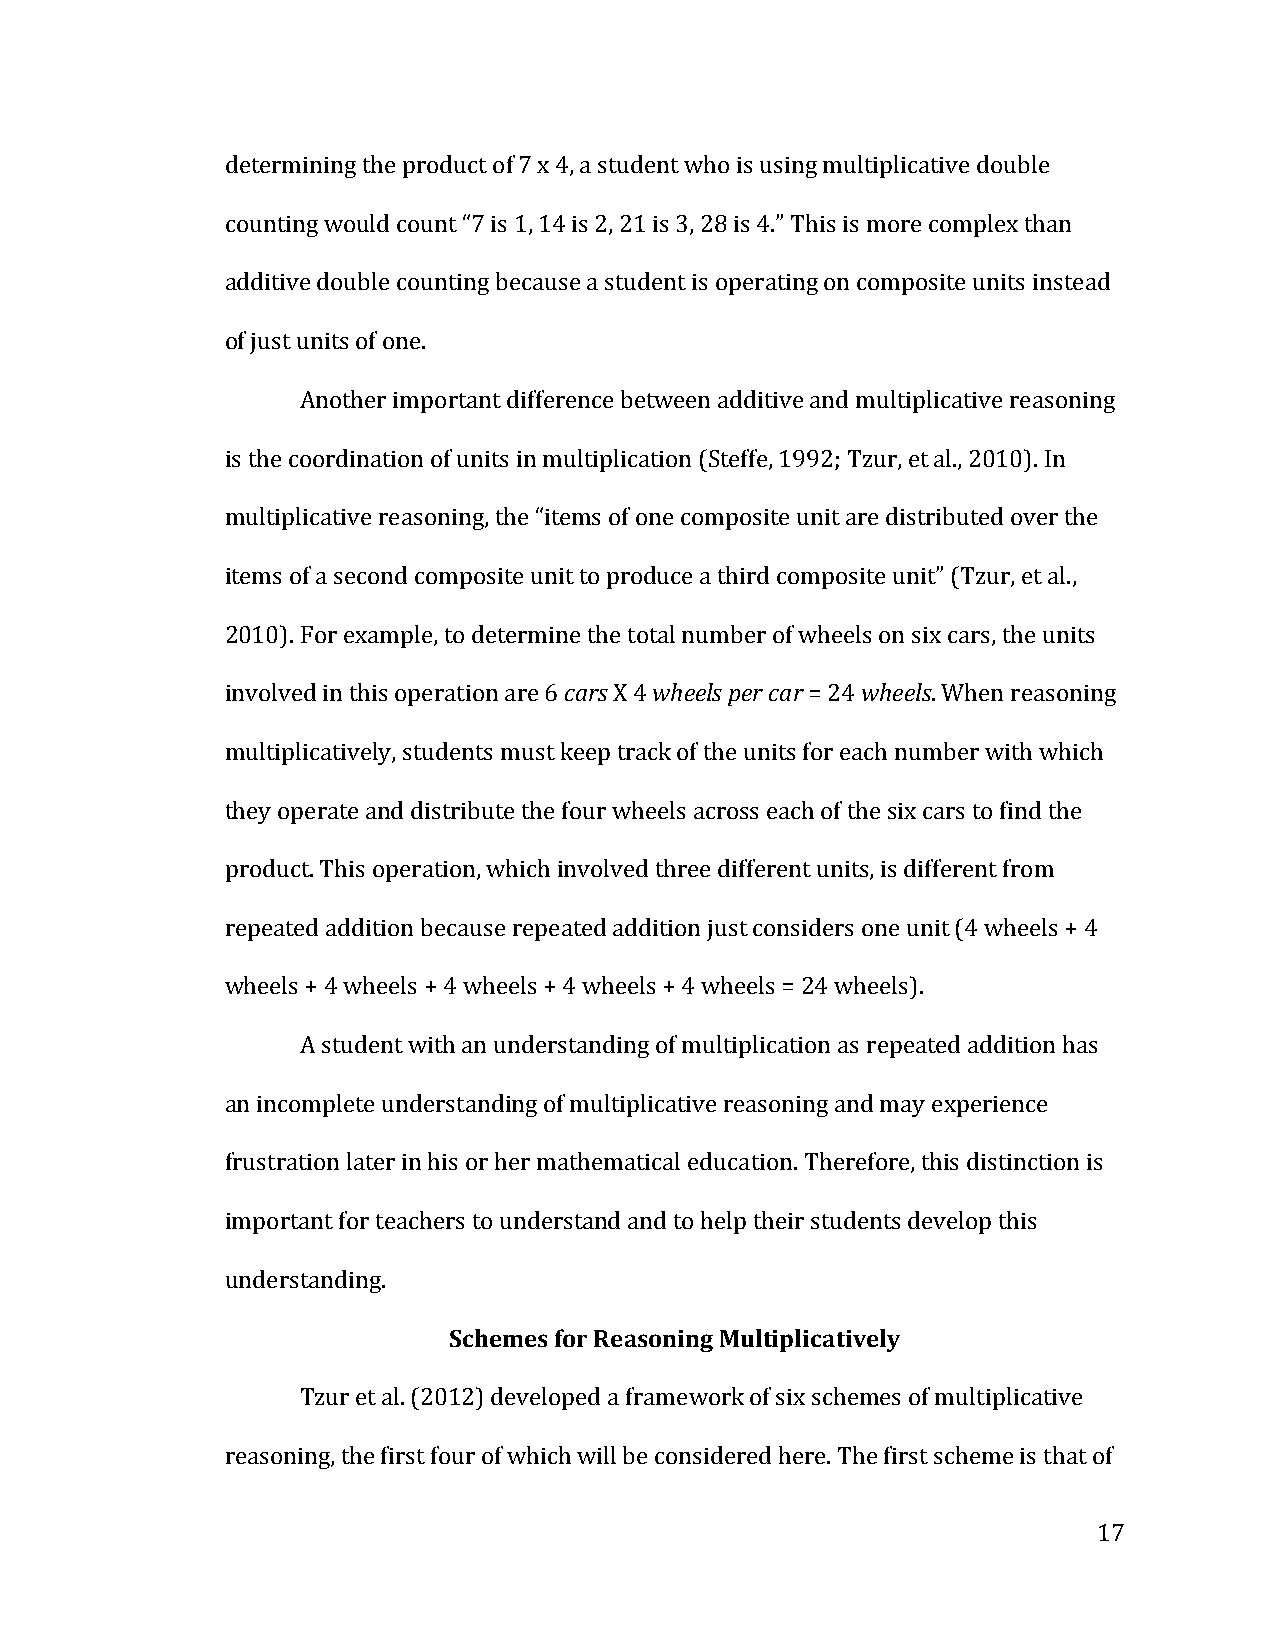
determining the product of 7 x 4, a student who is using multiplicative double
 counting would count “7 is 1, 14 is 2, 21 is 3, 28 is 4.” This is more complex than
 additive double counting because a student is operating on composite units instead
 of just units of one.
 Another important difference between additive and multiplicative reasoning
 is the coordination of units in multiplication (Steffe, 1992; Tzur, et al., 2010). In
 multiplicative reasoning, the “items of one composite unit are distributed over the
 items of a second composite unit to produce a third composite unit” (Tzur, et al.,
 2010). For example, to determine the total number of wheels on six cars, the units
 involved in this operation are 6 cars X 4 wheels per car = 24 wheels. When reasoning
 multiplicatively, students must keep track of the units for each number with which
 they operate and distribute the four wheels across each of the six cars to find the
 product. This operation, which involved three different units, is different from
 repeated addition because repeated addition just considers one unit (4 wheels + 4
 wheels + 4 wheels + 4 wheels + 4 wheels + 4 wheels = 24 wheels).
 A student with an understanding of multiplication as repeated addition has
 an incomplete understanding of multiplicative reasoning and may experience
 frustration later in his or her mathematical education. Therefore, this distinction is
 important for teachers to understand and to help their students develop this
 understanding.
 Schemes for Reasoning Multiplicatively
 Tzur et al. (2012) developed a framework of six schemes of multiplicative
 reasoning, the first four of which will be considered here. The first scheme is that of
 17